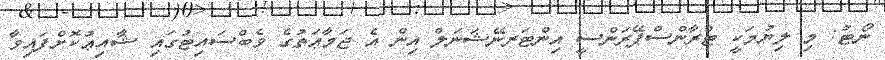
ނޯޓު: މި ލިޔުމަކީ ޓްރާންސްޕޭރަންސީ އިންޓަރނޭޝަނަލް އިން އެ ޖަމާޢަތުގެ ވެބްސައިޓުގައި ޝާއިޢުކޮށްފައިވާ